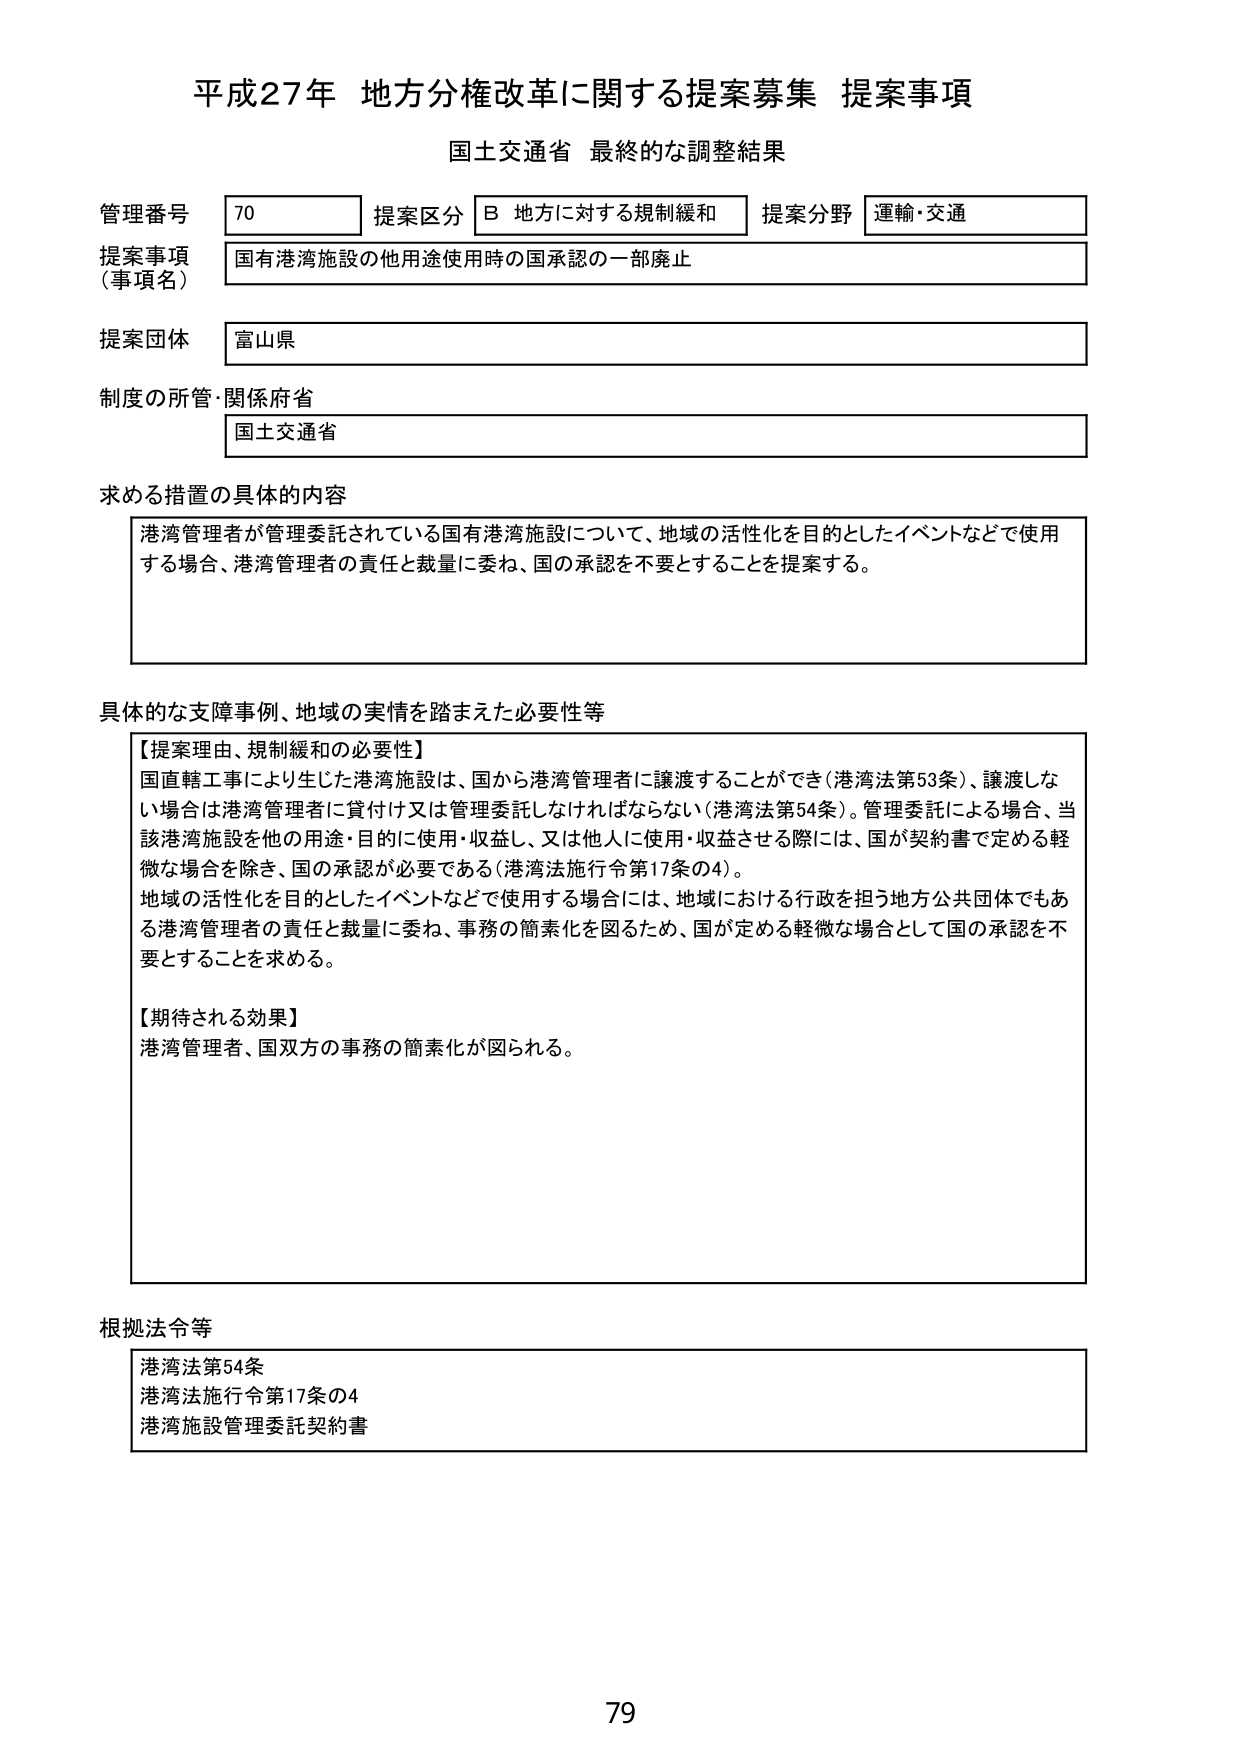
平成27年 地方分権改革に関する提案募集 提案事項
国土交通省 最終的な調整結果

管理番号 70 提案区分 B 地方に対する規制緩和 提案分野 運輸・交通
提案事項（事項名） 国有港湾施設の他用途使用時の国承認の一部廃止
提案団体 富山県
制度の所管・関係府省 国土交通省

求める措置の具体的内容
港湾管理者が管理委託されている国有港湾施設について、地域の活性化を目的としたイベントなどで使用する場合、港湾管理者の責任と裁量に委ね、国の承認を不要とすることを提案する。

具体的な支障事例、地域の実情を踏まえた必要性等
【提案理由、規制緩和の必要性】
国直轄工事により生じた港湾施設は、国から港湾管理者に譲渡することができる（港湾法第53条）、譲渡しない場合は港湾管理者に貸付け又は管理委託しなければならない（港湾法第54条）。管理委託による場合、当該港湾施設を他の用途・目的に使用・収益し、又は他人に使用・収益させる際には、国が契約書で定める軽微な場合を除き、国の承認が必要である（港湾法施行令第17条の4）。
地域の活性化を目的としたイベントなどで使用する場合には、地域における行政を担う地方公共団体でもある港湾管理者の責任と裁量に委ね、事務の簡素化を図るため、国が定める軽微な場合として国の承認を不要とすることを求める。

【期待される効果】
港湾管理者、国双方の事務の簡素化が図られる。

根拠法令等
港湾法第54条
港湾法施行令第17条の4
港湾施設管理委託契約書

79